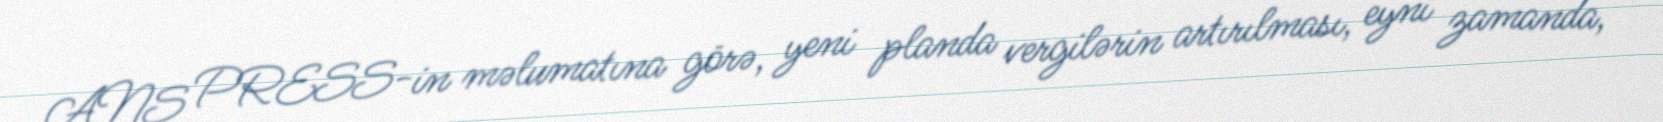
ANS PRESS-in məlumatına görə, yeni planda vergilərin artırılması, eyni zamanda,